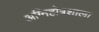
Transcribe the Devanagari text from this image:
अग्निहोत्रशाला